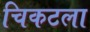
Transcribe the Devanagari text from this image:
चिकटला